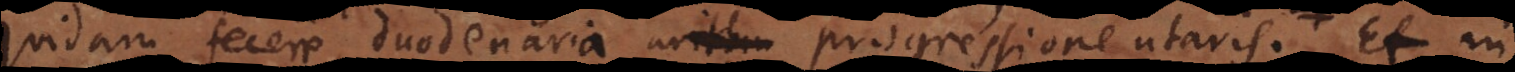
quidam fecere, duodenaria arithm progressione utaris, Et in